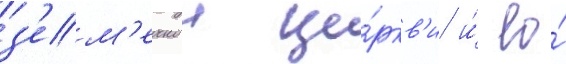
з'ем'ельнои це́ркв'и и́ ео́